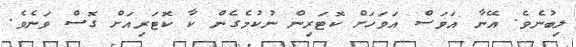
ލިބުނެވެ. އޭނާ އަވަސް އަވަހަށް ކޮޓަރިން ނުކުމެގެން ކާ ކޮޓަރިއަށް ގޮސް ވަނެވެ.